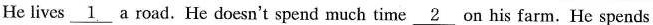
He lives \underline1 a road. He doesn't spend much time \underline2 on his farm. He spends